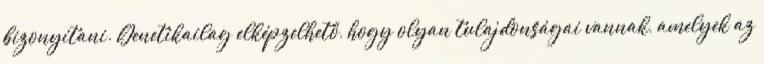
bizonyítani. Genetikailag elképzelhető, hogy olyan tulajdonságai vannak, amelyek az